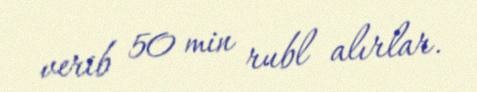
verib 50 min rubl alırlar.